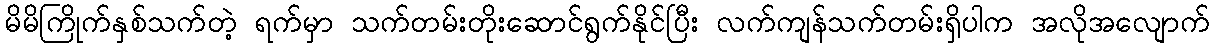
မိမိကြိုက်နှစ်သက်တဲ့ ရက်မှာ သက်တမ်းတိုးဆောင်ရွက်နိုင်ပြီး လက်ကျန်သက်တမ်းရှိပါက အလိုအလျောက်